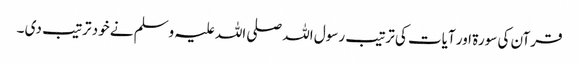
قرآن کی سورۃ‌ اور آیات کی ترتیب رسول اللہ صلی اللہ علیہ وسلم نے خود ترتیب دی ۔